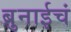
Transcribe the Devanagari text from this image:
ब्रुनाईचं